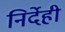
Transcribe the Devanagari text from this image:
निर्देही